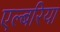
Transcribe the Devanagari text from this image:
एल्बरिया